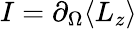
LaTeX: I=\partial_{\Omega}{\langle L_{z}\rangle}